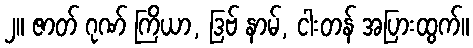
၂။ ဇာတ် ဂုဏ် ကြိယာ, ဒြဗ် နာမ်, ငါးတန် အပြားထွက်။